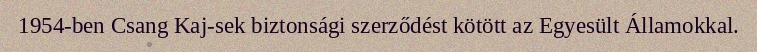
1954-ben Csang Kaj-sek biztonsági szerződést kötött az Egyesült Államokkal.